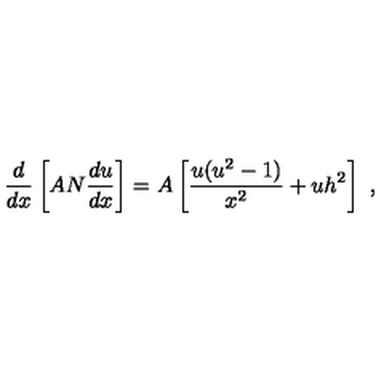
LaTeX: \frac d { d x } \left[ A N \frac { d u } { d x } \right] = A \left[ \frac { u ( u ^ { 2 } - 1 ) } { x ^ { 2 } } + u h ^ { 2 } \right] \ ,